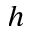
h